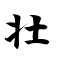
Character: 壮